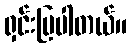
ရှင်းပြပါတယ်။